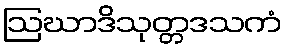
ဩဃာဒိသုတ္တဒသကံ